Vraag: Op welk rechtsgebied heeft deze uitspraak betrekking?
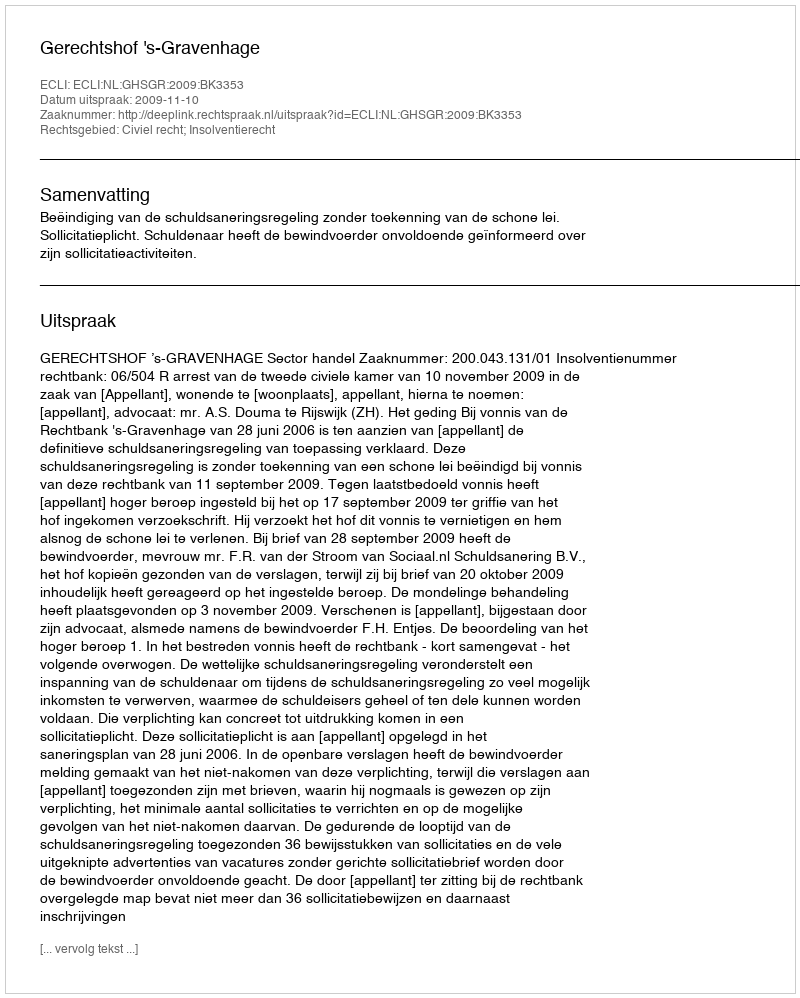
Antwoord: Civiel recht; Insolventierecht